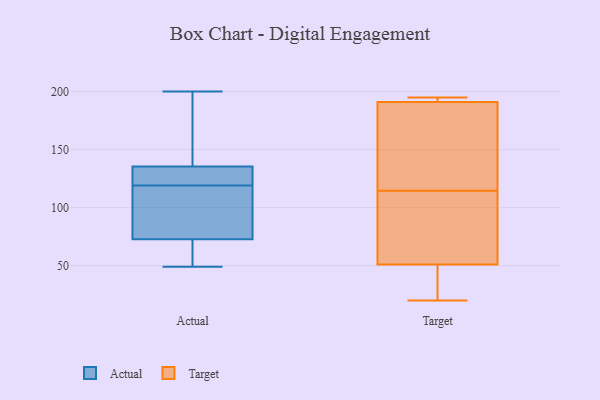
{"axis": {"x": "Temperature (°C)", "y": "Value"}, "legend": ["Actual", "Target"], "data": [{"x": "", "y": 69, "type": "Actual"}, {"x": "", "y": 136, "type": "Actual"}, {"x": "", "y": 65, "type": "Actual"}, {"x": "", "y": 119, "type": "Actual"}, {"x": "", "y": 133, "type": "Actual"}, {"x": "", "y": 84, "type": "Actual"}, {"x": "", "y": 115, "type": "Actual"}, {"x": "", "y": 134, "type": "Actual"}, {"x": "", "y": 165, "type": "Actual"}, {"x": "", "y": 200, "type": "Actual"}, {"x": "", "y": 49, "type": "Actual"}, {"x": "", "y": 169, "type": "Target"}, {"x": "", "y": 193, "type": "Target"}, {"x": "", "y": 162, "type": "Target"}, {"x": "", "y": 73, "type": "Target"}, {"x": "", "y": 195, "type": "Target"}, {"x": "", "y": 51, "type": "Target"}, {"x": "", "y": 28, "type": "Target"}, {"x": "", "y": 20, "type": "Target"}, {"x": "", "y": 45, "type": "Target"}, {"x": "", "y": 191, "type": "Target"}, {"x": "", "y": 84, "type": "Target"}, {"x": "", "y": 51, "type": "Target"}, {"x": "", "y": 194, "type": "Target"}, {"x": "", "y": 145, "type": "Target"}]}